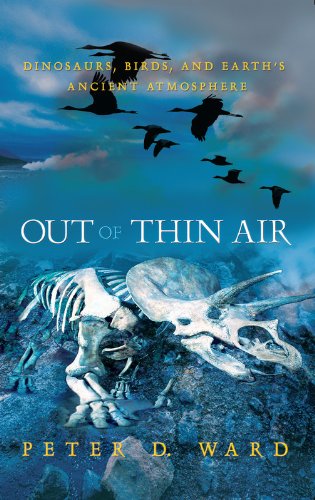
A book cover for Out of Thin Air:: Dinosaurs, Birds, and Earth's Ancient Atmosphere; Peter Ward; Science & Math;